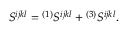
S ^ { i j k l } = { } ^ { ( 1 ) } S ^ { i j k l } + { } ^ { ( 3 ) } S ^ { i j k l } .